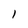
Character: l